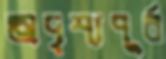
অদৃশ্যপূর্ব